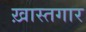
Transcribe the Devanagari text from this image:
ख़ास्तगार